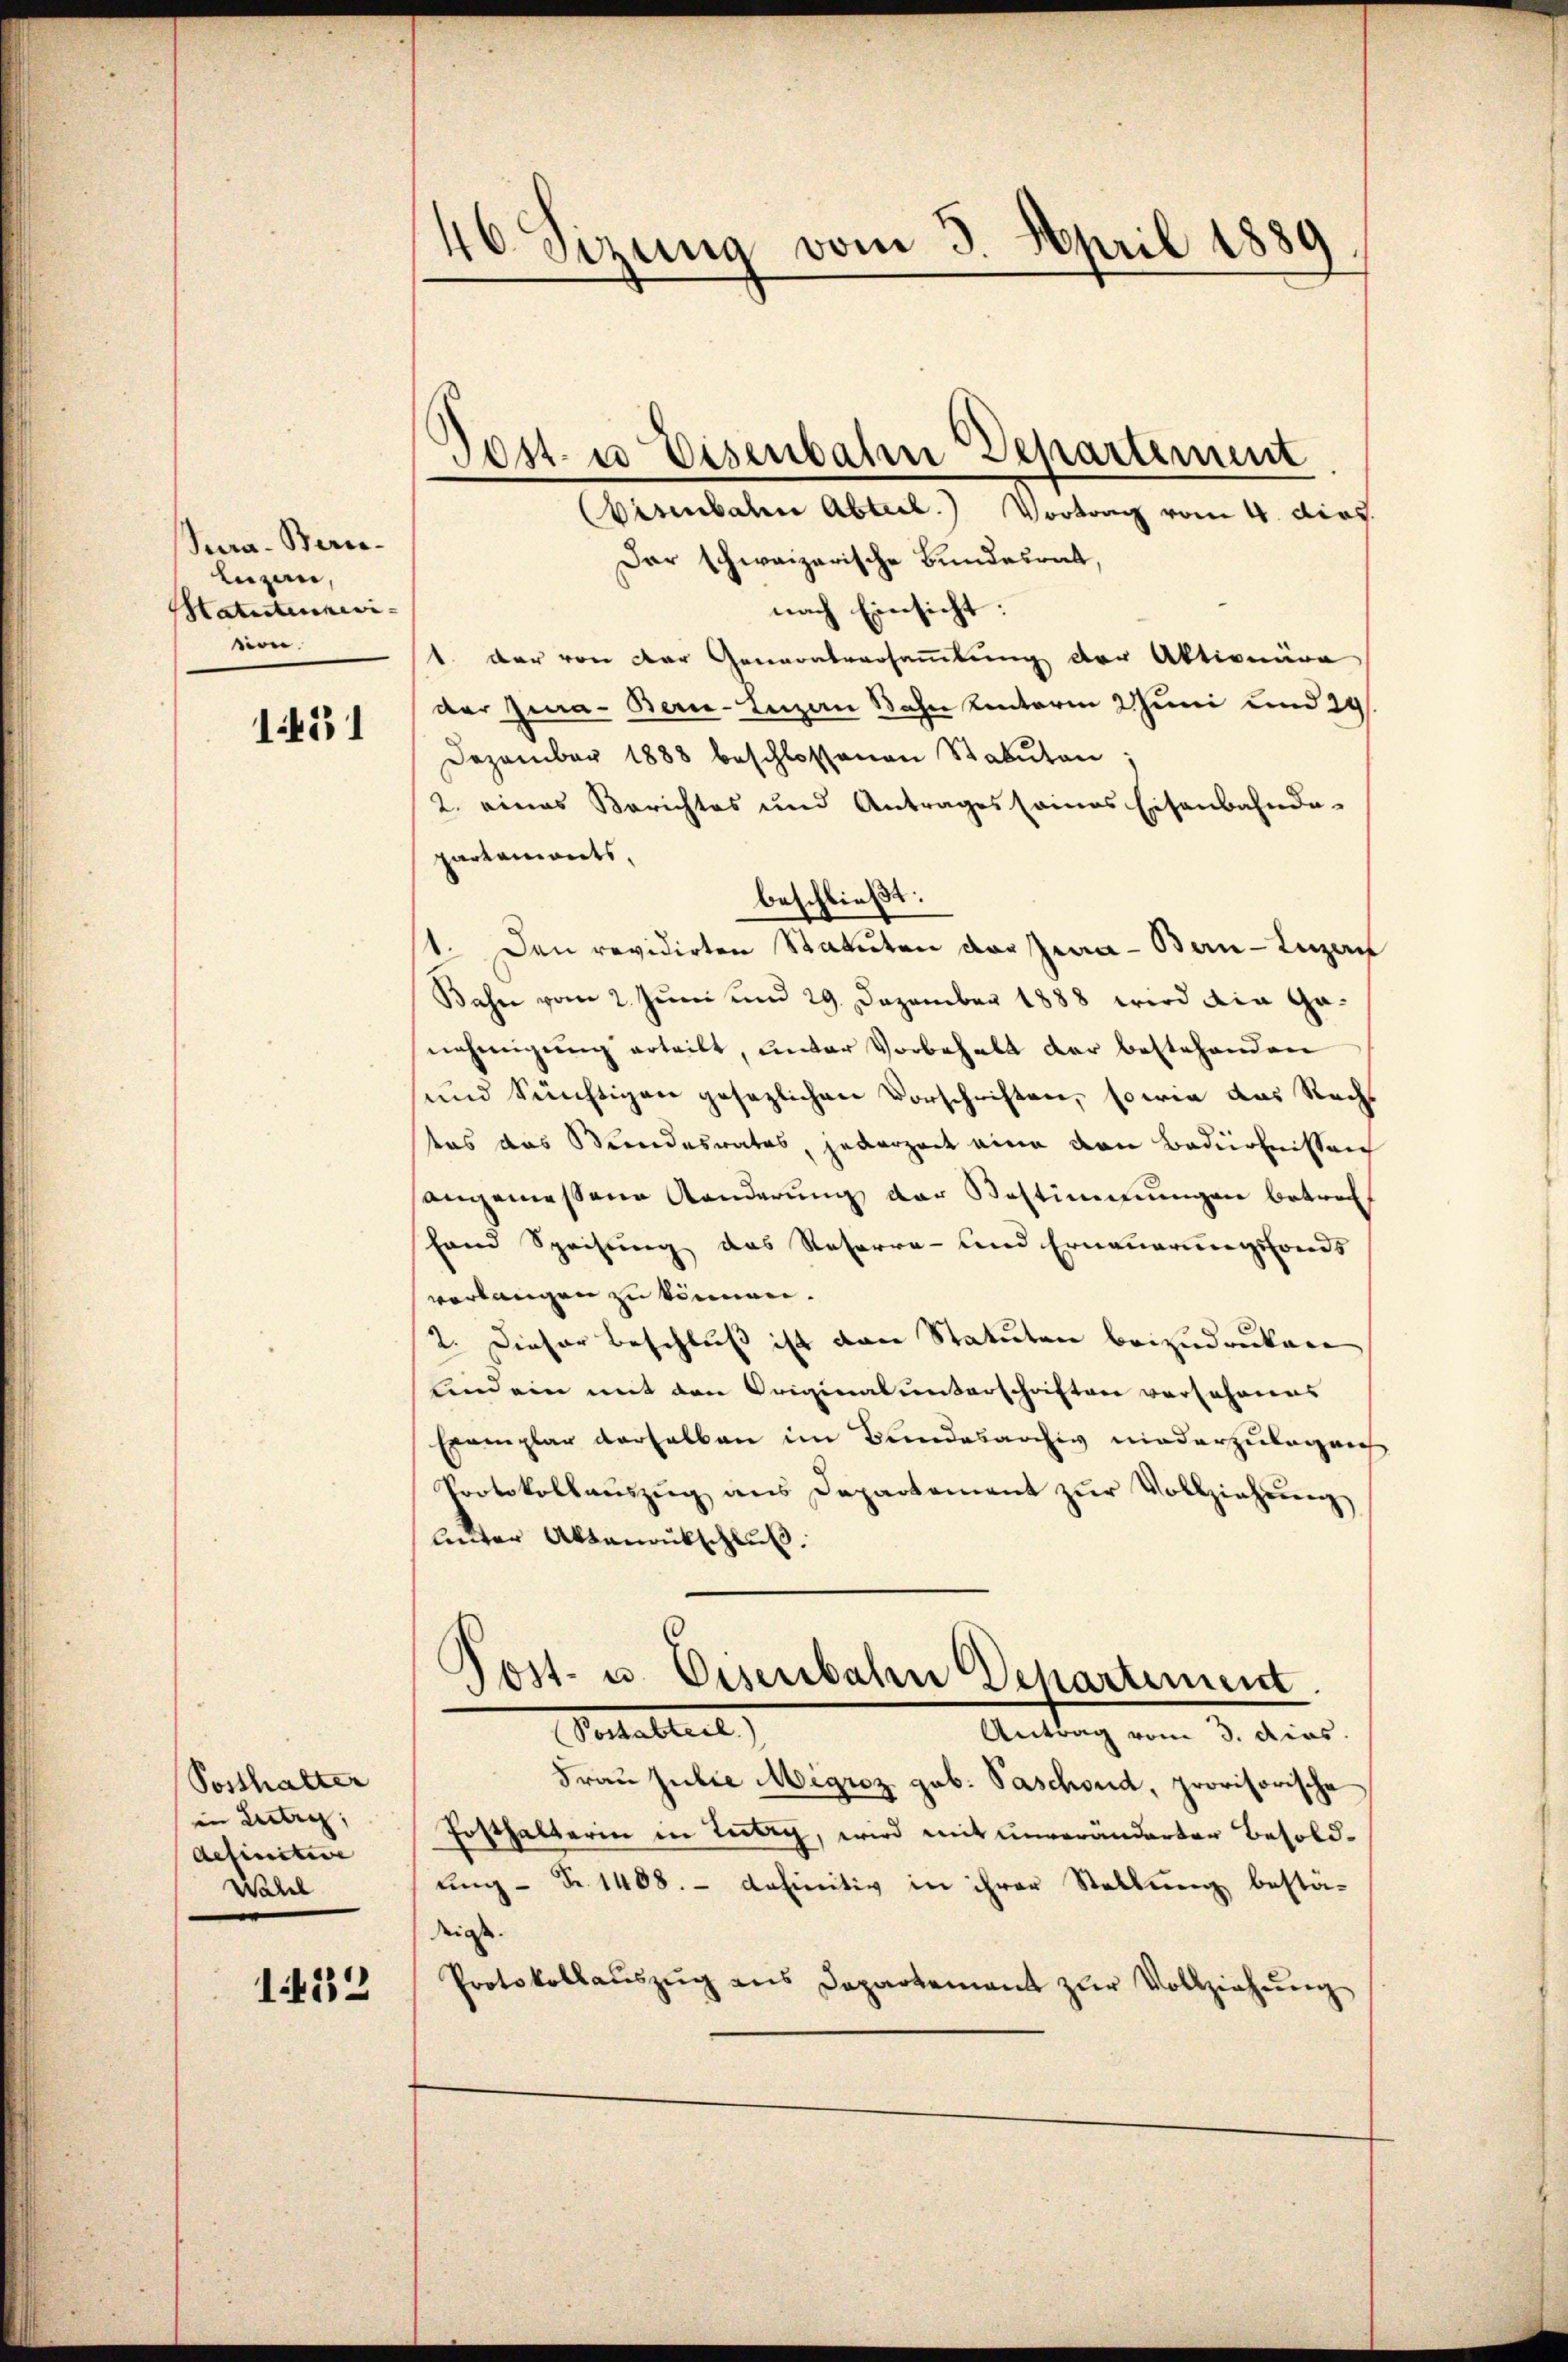
Sura-Beric¬
Luzan,
Matutennewi- |
sien.

1451

Posthalter
in Lutry,
definitive |
Wahel

1432

46 Sizung vom 3. April 1889

Post- u Eisenbahn Departement

isenbahn Abteil. Vortrag vom 4. dies
Dar schweizerische Bundesrat,
nach Einsicht:
1. der von der Generalversammlung der Aktionäre
der Zura-Bern-Inzen Bahn unterm 2 Juni und 29.
Dezember 1888 beschlossenen Statuten;
2. eines Berichtes und Antrages seines Eisenbahnda-
partements,
beschließt:
1. Den revidirten Statuten der Zwa - Bau-Luzau
Bahn vom 2. Juni und 29. Dezember 1888 wird ain Genehmigŭng erteilt, unter Vorbehalt der bestehenden
und Sünftigen gesezlichen Vorschriften, so wie das Recht
tas das Bundesrates, jederzeit eine von Bedürfnissen
angemessene Kanderung der Bestimmungen betref
fand Speisung das Reserre- und Erneuerungsfonds
verlangen zu können.
2. Dieser Beschluß ist dann Statuten beizudrukene
Lind ein mit den Originalunterschriften versehenes
Exemplar derselben im Bundesarchiv niederzulegenh
Protokollaŭszŭg ans Departement zŭr Vollziehŭng
luter Aktenrutschluß.
Post- u. Eisenbahn Departement.
Setallerl
Antrag vom 3. dies
Frau Julie Migroz geb. Paschond, provisorische
Fosthalterin in Lutry, wird mit unveränderter Besoldŭng Nr. 1408. - definitiv in ihrer Stellung bestä-
digste
Protokollaŭszŭg ans Departement zŭr Vollziehŭng